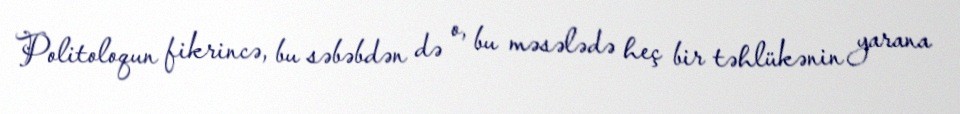
Politoloqun fikrincə, bu səbəbdən də o, bu məsələdə heç bir təhlükənin yarana